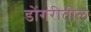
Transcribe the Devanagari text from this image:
डोंगरीतील